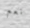
نعم